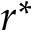
r ^ { * }